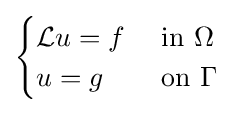
{\begin{cases}{\mathcal {L}}u=f&{\text{ in }}\Omega \\u=g&{\text{ on }}\Gamma \\\end{cases}}